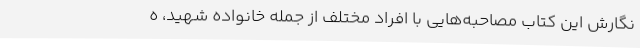
نگارش این کتاب مصاحبه‌هایی با افراد مختلف از جمله خانواده شهید، ه